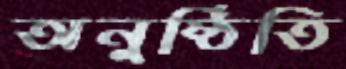
অনুষ্ঠিতি